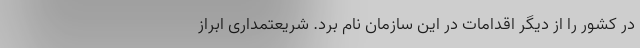
در کشور را از دیگر اقدامات در این سازمان نام برد. شریعتمداری ابراز